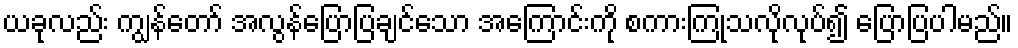
ယခုလည်း ကျွန်တော် အလွန်ပြောပြချင်သော အကြောင်းကို စကားကြုံသလိုလုပ်၍ ပြောပြပါမည်။